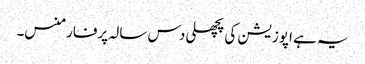
یہ ہے اپوزیشن کی پچھلی دس سالہ پرفارمنس۔